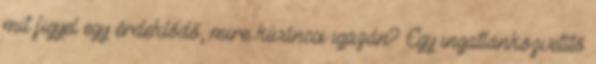
mit figyel egy érdeklődő, mire kíváncsi igazán? Egy ingatlanközvetítő